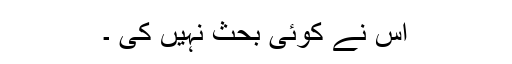
اس نے کوئی بحث نہیں کی ۔